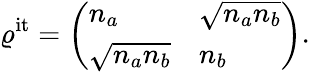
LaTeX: \varrho^{\mathrm{it}}=\left(\begin{array}{ll}{n_{a}}&{\sqrt{n_{a}n_{b}}}\\ {\sqrt{n_{a}n_{b}}}&{n_{b}}\end{array}\right).